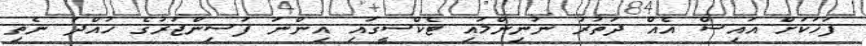
ފަހަކަށް އައިސް އެއް ދަތުރު ނުނިންމައި ޓެކްސީގައި އިންނަ ފަސިންޖަރުގެ ހުއްދަ ނެތި